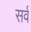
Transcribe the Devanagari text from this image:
सर्व